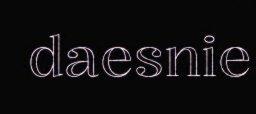
daesnie